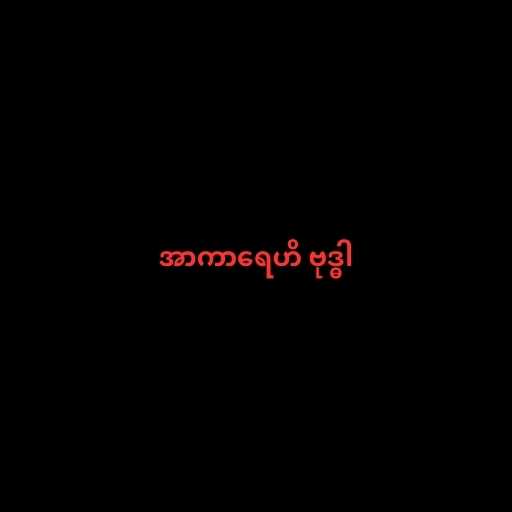
အာကာရေဟိ ဗုဒ္ဓါ